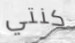
كنتي